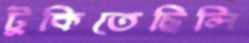
টুকিতেছিলি